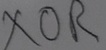
Text: XOR